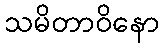
သမိတာဝိနော